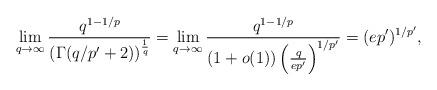
LaTeX: \begin{align*}\lim_{q\rightarrow\infty}\frac{q^{1-1/p}}{(\Gamma(q/p'+2))^{\frac{1}{q}}}=\lim_{q\rightarrow\infty}\frac{q^{1-1/p}}{(1+o(1))\left(\frac{q}{ep'}\right)^{1/p'}}=(ep')^{1/p'},\end{align*}